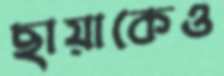
ছায়াকেও